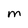
Character: M